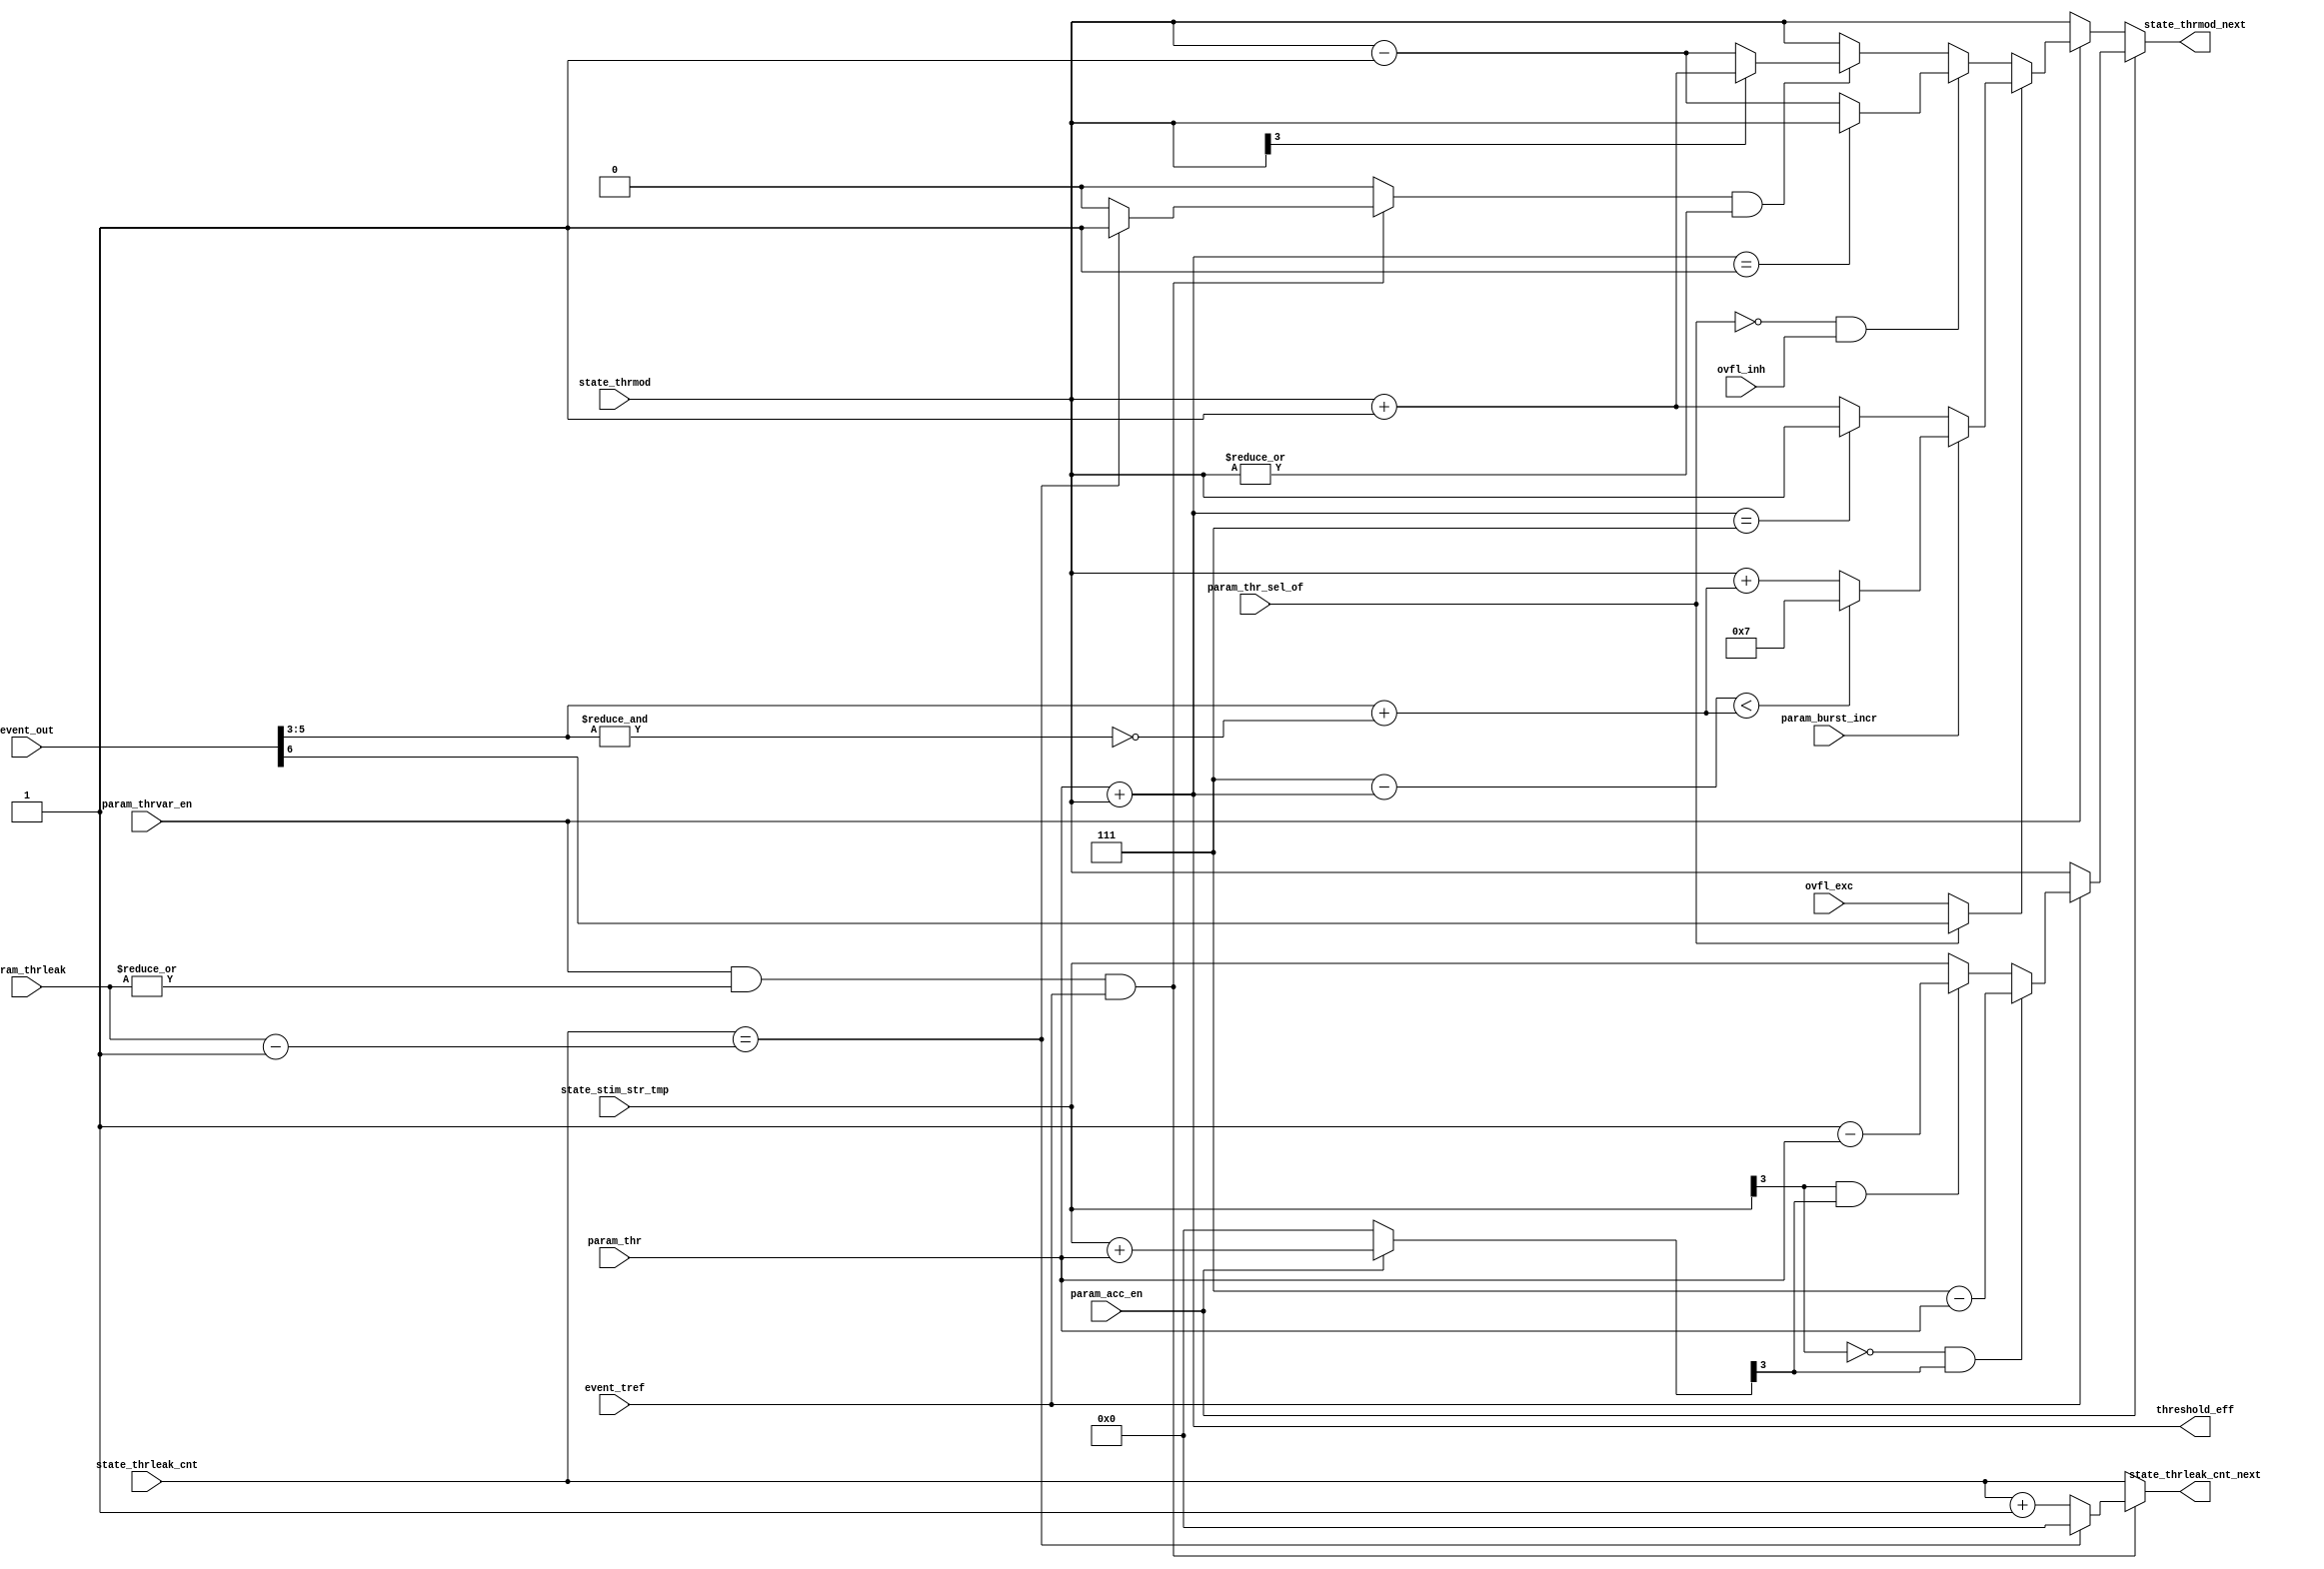
module izh_effective_threshold ( 
    input  wire [          2:0] param_thr,               // neuron firing threshold parameter
    input  wire                 param_thrvar_en,         // threshold variability and spike frequency adaptation behavior enable parameter
    input  wire                 param_thr_sel_of,        // selection between O (0) and F (1) behaviors parameter (according to Izhikevich behavior numbering)
    input  wire [          3:0] param_thrleak,           // threshold leakage strength parameter
    input  wire                 param_acc_en,            // accommodation behavior enable parameter (requires threshold variability enabled)
    input  wire                 param_burst_incr,        // effective threshold and calcium incrementation by burst amount parameter
    input  wire [          3:0] state_thrmod,            // threshold modificator state from SRAM
    input  wire [          3:0] state_thrleak_cnt,       // threshold leakage state from SRAM
    input  wire [          3:0] state_stim_str_tmp,      // temporary stimulation strength state from SRAM 
    input  wire                 ovfl_inh,                // overflow excitatory type event signal
    input  wire                 ovfl_exc,                // overflow inhibitory type event signal
    input  wire                 event_tref,              // time reference event signal
    input  wire [          6:0] event_out,               // neuron spike event output 
    output reg  [          3:0] state_thrmod_next,       // next threshold modificator state to SRAM
    output reg  [          3:0] state_thrleak_cnt_next,  // next threshold leakage state to SRAM
    output wire [          3:0] threshold_eff            // neuron current effective threshold signal
);


    reg        thr_leak;
    wire [3:0] predicted_acc_thr;
    wire       spike_out;

    assign predicted_acc_thr = param_acc_en ? (state_stim_str_tmp + {1'b0,param_thr}): 4'b0;
    assign spike_out         = event_out[6];

    always @(*) begin 
        if (param_acc_en)
            if (event_tref)
                if (~state_stim_str_tmp[3] && predicted_acc_thr[3])
                    state_thrmod_next = 4'b0111 - {1'b0,param_thr};
                else if (state_stim_str_tmp[3] && predicted_acc_thr[3])
                    state_thrmod_next = 4'b0001 - {1'b0,param_thr};
                else
                    state_thrmod_next = state_stim_str_tmp;
            else 
                state_thrmod_next = state_thrmod;
        else if (param_thrvar_en)
            if (param_thr_sel_of ? spike_out : ovfl_exc)
                state_thrmod_next = param_burst_incr ? (((4'b0111 - threshold_eff) < {1'b0,event_out[5:3]+{2'b0,~&event_out[5:3]}}) ? 4'b0111 : (state_thrmod + {1'b0,event_out[5:3]+{2'b0,~&event_out[5:3]}})) : ((threshold_eff == 4'b0111) ? state_thrmod : (state_thrmod + 4'b1));
            else if (~param_thr_sel_of && ovfl_inh)
                state_thrmod_next = (threshold_eff == 4'b0001) ? state_thrmod : (state_thrmod - 4'b1);
            else if (thr_leak && |state_thrmod)
                state_thrmod_next = state_thrmod[3] ? (state_thrmod + 4'b1) : (state_thrmod - 4'b1);
            else 
                state_thrmod_next = state_thrmod;
        else
            state_thrmod_next = state_thrmod;
    end

    assign threshold_eff = {1'b0,param_thr} + state_thrmod;

    always @(*) begin 
        if (param_thrvar_en && |param_thrleak && event_tref)
            if (state_thrleak_cnt == (param_thrleak - 4'b1)) begin
                state_thrleak_cnt_next = 4'b0;
                thr_leak               = 1'b1;
            end else begin
                state_thrleak_cnt_next = state_thrleak_cnt + 4'b1;
                thr_leak               = 1'b0;
            end
        else begin
            state_thrleak_cnt_next = state_thrleak_cnt;
            thr_leak               = 1'b0;
        end
    end

endmodule